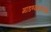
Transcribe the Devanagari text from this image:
मांडण्यासारखे